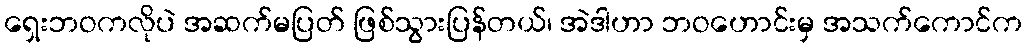
ရှေးဘဝကလိုပဲ အဆက်မပြတ် ဖြစ်သွားပြန်တယ်၊ အဲဒါဟာ ဘဝဟောင်းမှ အသက်ကောင်က